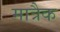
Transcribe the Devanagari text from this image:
मात्रैक